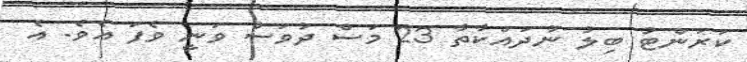
ކަރަންޓު ބިލު ނުދައްކާތާ 23 މަސް ދުވަސް ވަނީ ވެފަ އެވެ. އެ